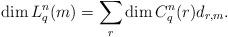
LaTeX: \begin{align*} \dim L_q^n(m) = \sum_r \dim C_q^n(r) d_{r,m}.\end{align*}